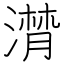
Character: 潸